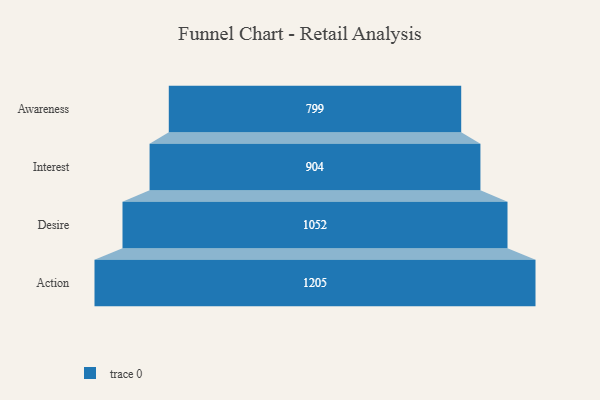
{"axis": {"x": "Stage", "y": "Value"}, "legend": [""], "data": [{"x": "Awareness", "y": 799.0, "type": ""}, {"x": "Interest", "y": 904.0, "type": ""}, {"x": "Desire", "y": 1052.0, "type": ""}, {"x": "Action", "y": 1205.0, "type": ""}]}